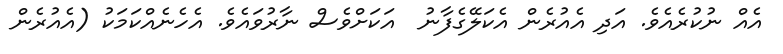
އެއް ނުކުރެއެވެ. އަދި އެއުރެން އެކަލޭގެފާނު  އަކަށްވެސް ނާރުވައެވެ. އެހެނެއްކަމަކު (އެއުރެން